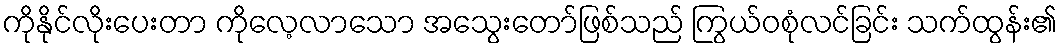
ကိုနိုင်လိုးပေးတာ ကိုလေ့လာသော အသွေးတော်ဖြစ်သည် ကြွယ်ဝစုံလင်ခြင်း သက်ထွန်း၏